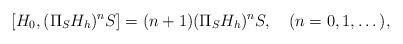
\begin{align*}[H_{0},(\Pi_{S}H_{h})^n S]=(n+1)(\Pi_{S}H_{h})^n S ,\quad(n=0,1,\dots),\end{align*}